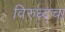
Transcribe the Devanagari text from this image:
विरुध्द्चा